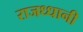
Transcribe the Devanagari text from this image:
राजध्धानी